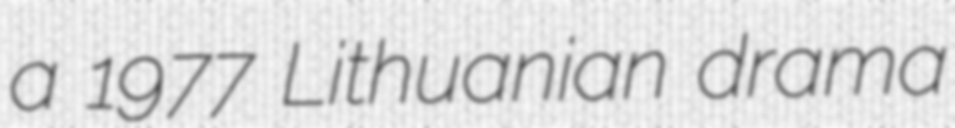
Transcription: a 1977 Lithuanian drama